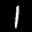
Digit: 1